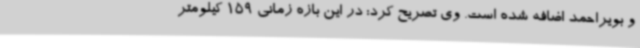
و بویراحمد اضافه شده است. وی تصریح کرد: در این بازه زمانی 159 کیلومتر